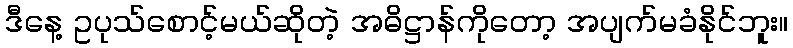
ဒီနေ့ ဥပုသ်စောင့်မယ်ဆိုတဲ့ အဓိဋ္ဌာန်ကိုတော့ အပျက်မခံနိုင်ဘူး။